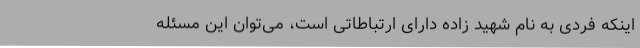
اینکه فردی به نام شهید زاده دارای ارتباطاتی است، می‌توان این مسئله